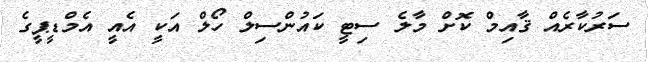
ސަރުކާރެއް ޤާއިމް ކޮށް މާލެ ސިޓީ ކައުންސިލް ހޯލް އަކީ އެއީ އެމްޑީޕީގެ